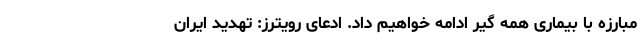
مبارزه با بیماری همه گیر ادامه خواهیم داد. ادعای رویترز: تهدید ایران